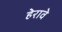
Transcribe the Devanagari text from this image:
हेरावे